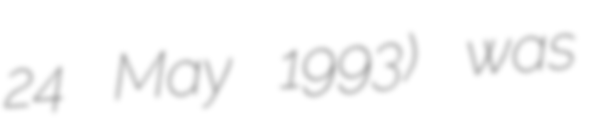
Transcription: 24 May 1993) was